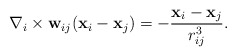
\begin{align*}{\bf \nabla}_i \times {\bf w}_{ij}({\bf x}_i -{\bf x}_j) = - \frac{ {\bf x}_i -{\bf x}_j }{ r_{ij}^3 }.\end{align*}